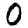
Digit: 0